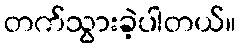
တက်သွားခဲ့ပါတယ်။